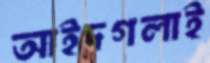
আইদগলাই